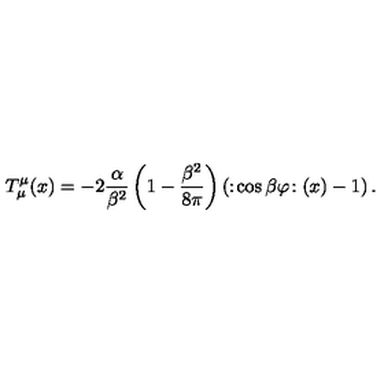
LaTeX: T _ { \mu } ^ { \mu } ( x ) = - 2 \frac { \alpha } { \beta ^ { 2 } } \left( 1 - \frac { \beta ^ { 2 } } { 8 \pi } \right) \left( : \! \cos \beta \varphi \! : ( x ) - 1 \right) .